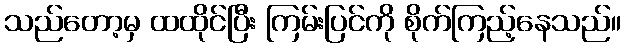
သည်တော့မှ ထထိုင်ပြီး ကြမ်းပြင်ကို စိုက်ကြည့်နေသည်။